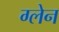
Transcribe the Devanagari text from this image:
ग्‍लेन